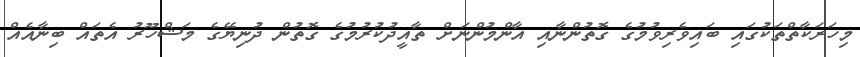
މިހަރަކާތްތަކުގައި ބައިވެރިވުމުގެ ގޮތުންނާއި އާންމުންނަށް ތާއީދުކުރުމުގެ ގޮތުން ދުނިޔޭގެ މަޝްހޫރު އެތައް ބިނާއެއް